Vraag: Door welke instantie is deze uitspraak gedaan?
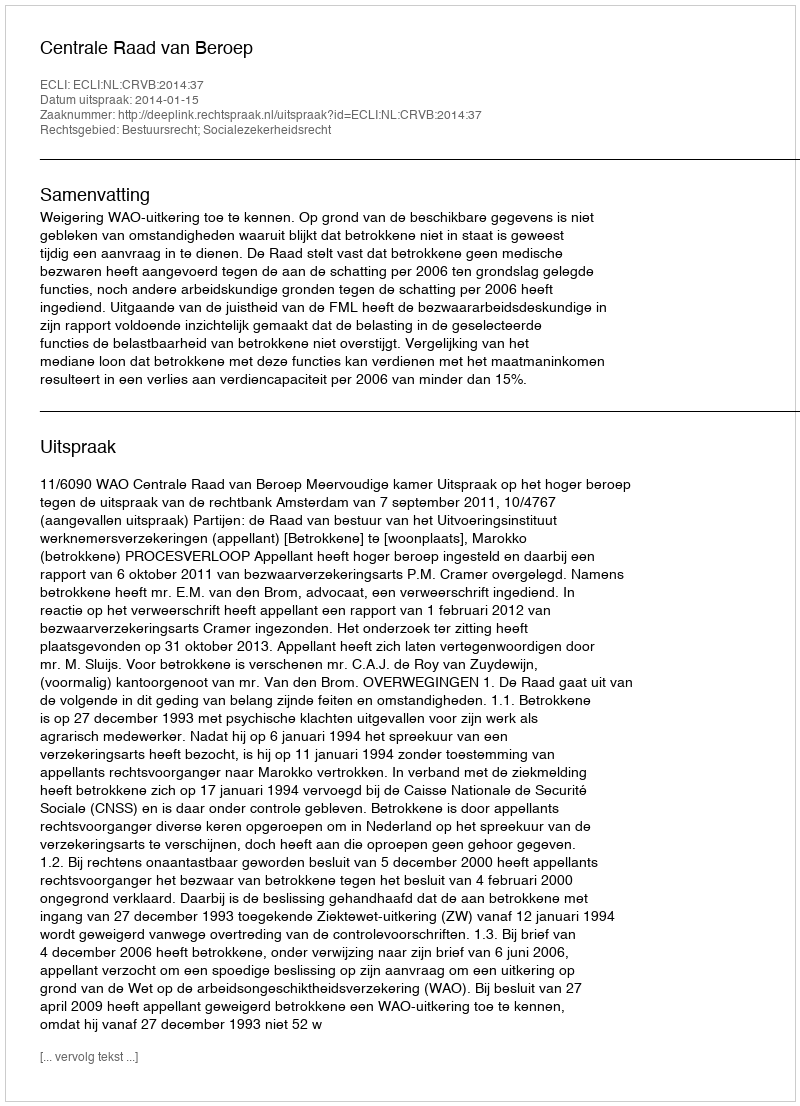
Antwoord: Centrale Raad van Beroep